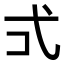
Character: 𭚡